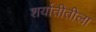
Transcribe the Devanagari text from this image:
शर्यातीतीला